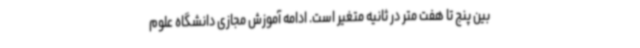
بین پنج تا هفت متر در ثانیه متغیر است. ادامه آموزش مجازی دانشگاه علوم